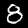
Digit: 8